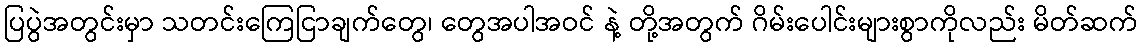
ပြပွဲအတွင်းမှာ သတင်းကြေငြာချက်တွေ၊ တွေအပါအဝင် နဲ့ တို့အတွက် ဂိမ်းပေါင်းများစွာကိုလည်း မိတ်ဆက်